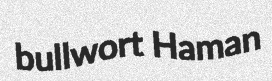
bullwort Haman